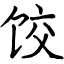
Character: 饺